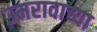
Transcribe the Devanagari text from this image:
उमरावाच्या